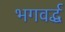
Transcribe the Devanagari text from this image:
भगवर्द्ध